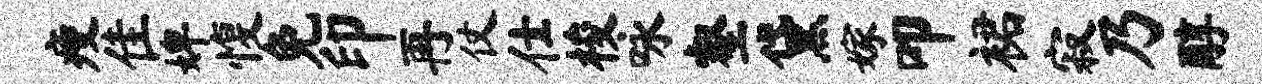
瘦隹婢愎免印再仗仕梭咏壑黛嫁叩裙寂乃醇